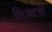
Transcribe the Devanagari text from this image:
तिरावरची